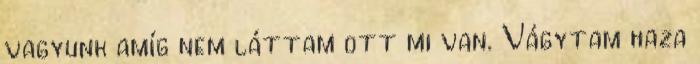
vagyunk amíg nem láttam ott mi van. Vágytam haza